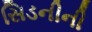
સિડનીની